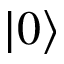
\lvert 0 \rangle